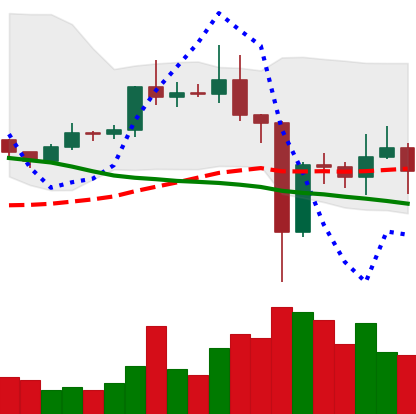
Ticker: EOS-USD
Chart end date: 2020-12-29
Forward return: 5.796%
Label: up_5_7